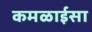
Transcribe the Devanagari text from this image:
कमळाईसा